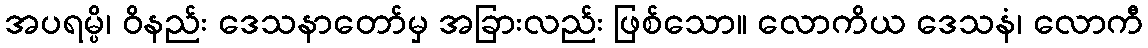
အပရမ္ပိ၊ ဝိနည်း ဒေသနာတော်မှ အခြားလည်း ဖြစ်သော။ လောကိယ ဒေသနံ၊ လောကီ